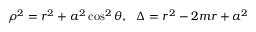
\rho ^ { 2 } = r ^ { 2 } + a ^ { 2 } \cos ^ { 2 } \theta , ~ ~ \Delta = r ^ { 2 } - 2 m r + a ^ { 2 }